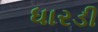
ધારડી